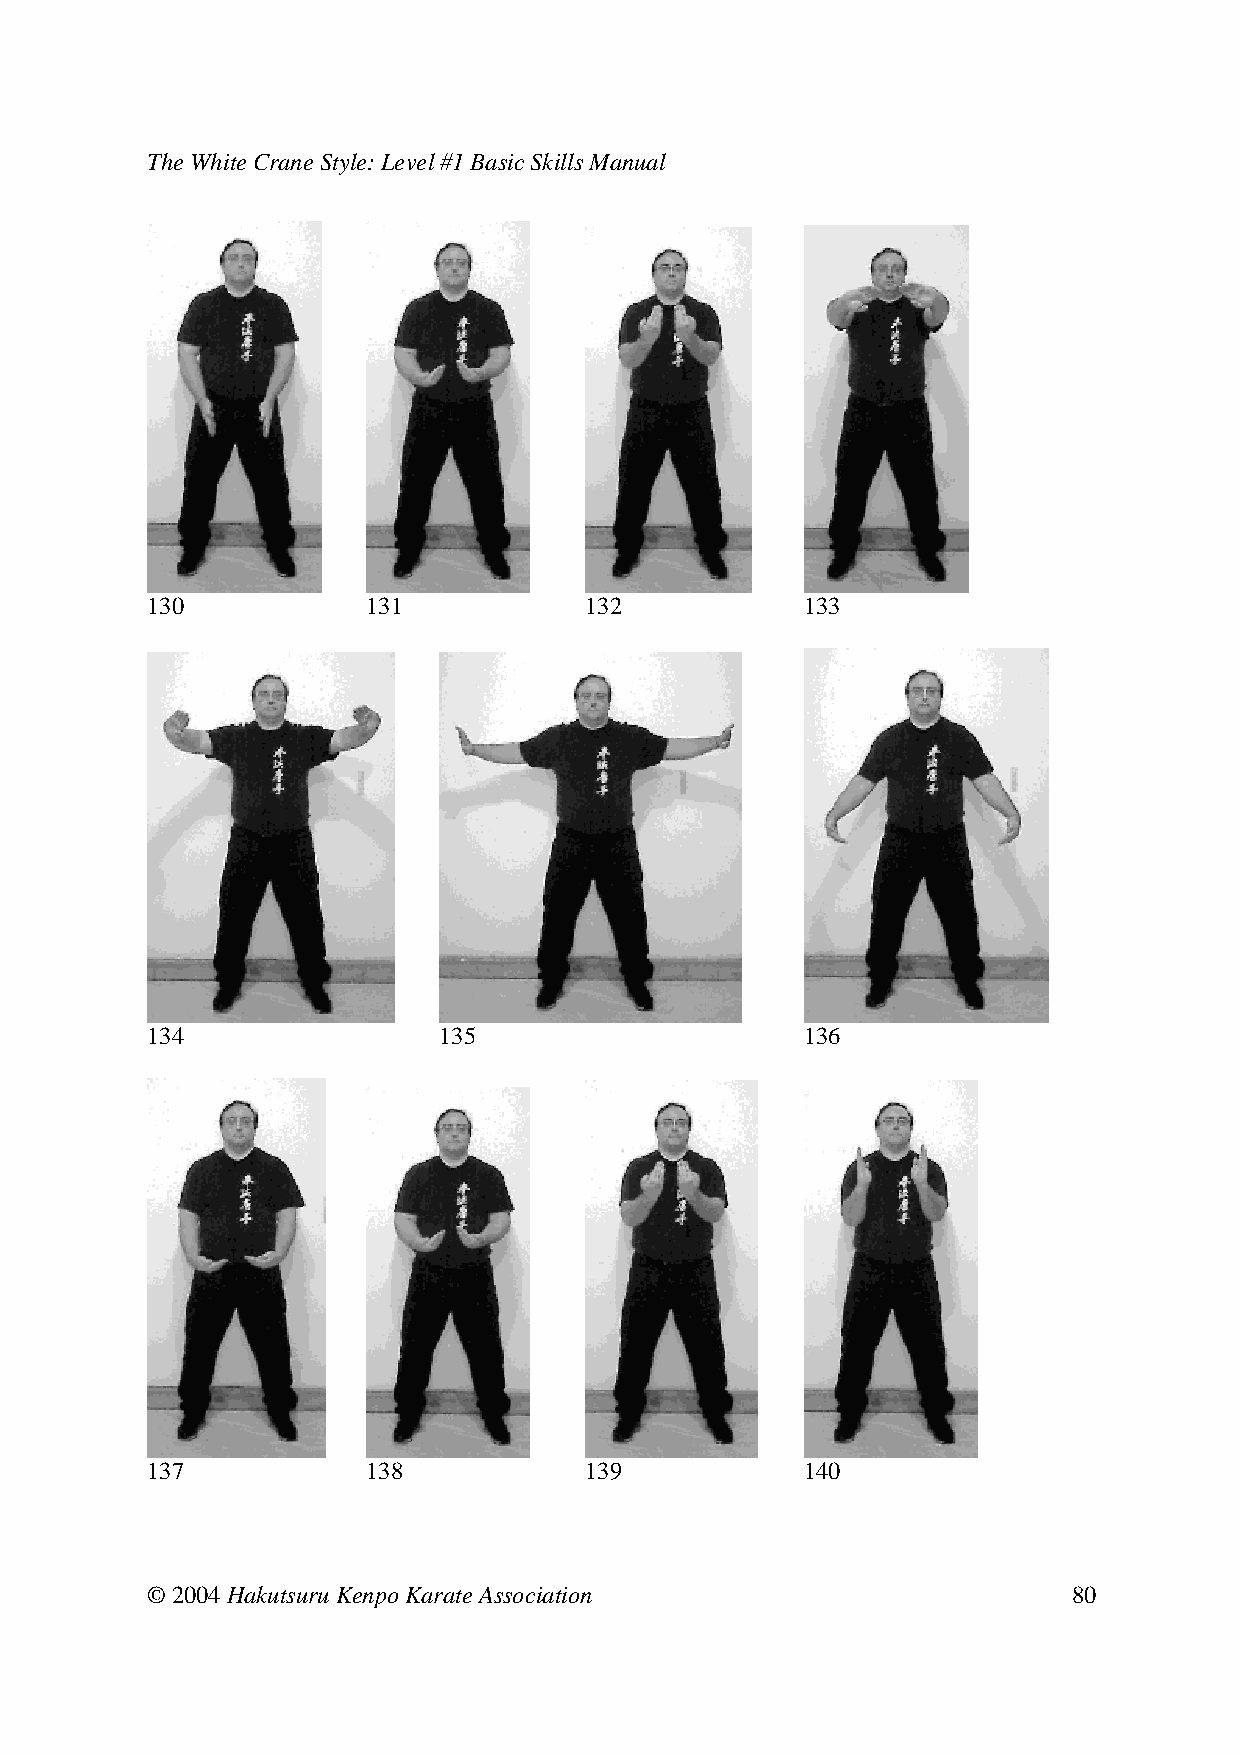
The White Crane Style: Level #1 Basic Skills Manual
 130     131     132     133
 134          135              136
 137     138     139     140
 © 2004 Hakutsuru Kenpo Karate Association                    80